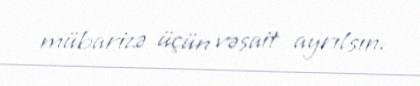
mübarizə üçün vəsait ayrılsın.